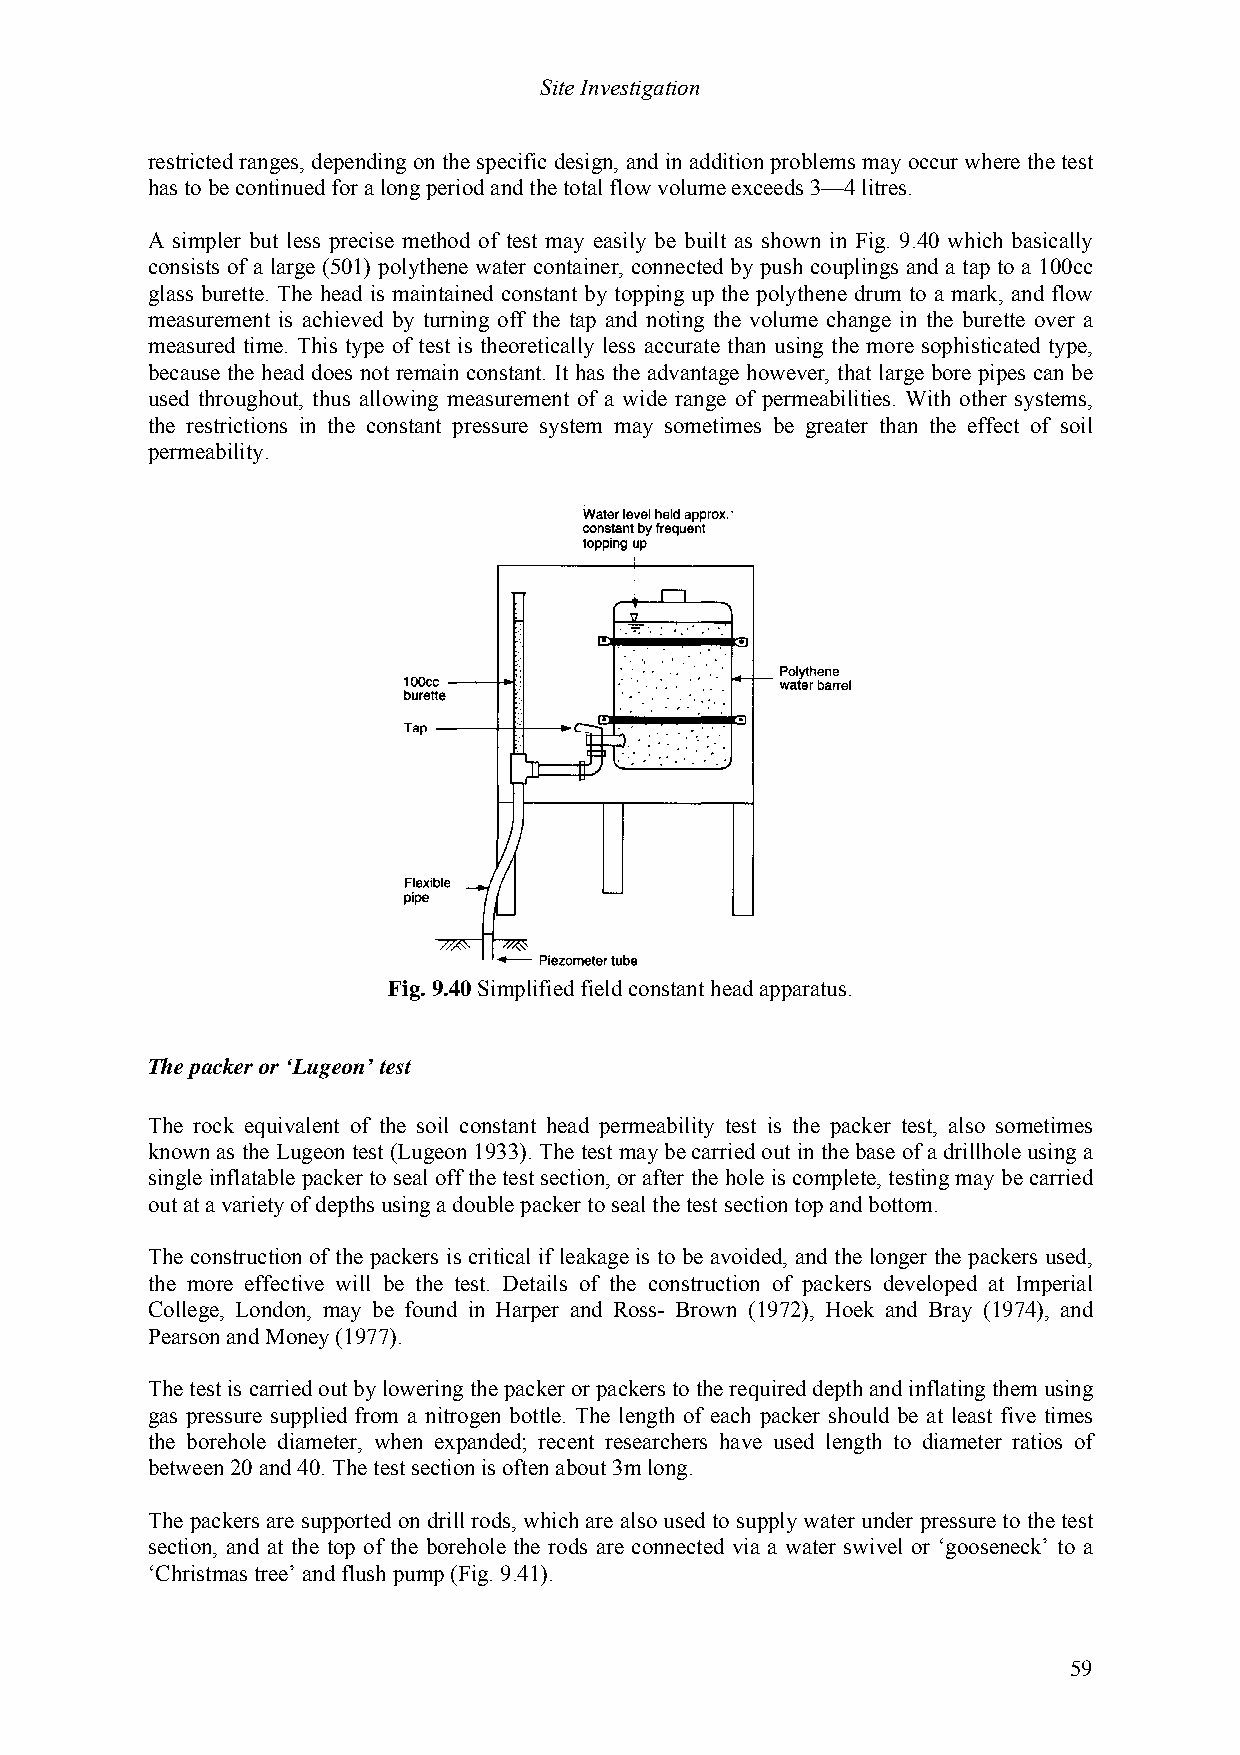
Site Investigation
 restricted ranges, depending on the specific design, and in addition problems may occur where the test
 has to be continued for a long period and the total flow volume exceeds 3—4 litres.
 A simpler but less precise method of test may easily be built as shown in Fig. 9.40 which basically
 consists of a large (501) polythene water container, connected by push couplings and a tap to a 100cc
 glass burette. The head is maintained constant by topping up the polythene drum to a mark, and flow
 measurement is achieved by turning off the tap and noting the volume change in the burette over a
 measured time. This type of test is theoretically less accurate than using the more sophisticated type,
 because the head does not remain constant. It has the advantage however, that large bore pipes can be
 used throughout, thus allowing measurement of a wide range of permeabilities. With other systems,
 the restrictions in the constant pressure system may sometimes be greater than the effect of soil
 permeability.
 Fig. 9.40 Simplified field constant head apparatus.
 The packer or ‘Lugeon’ test
 The rock equivalent of the soil constant head permeability test is the packer test, also sometimes
 known as the Lugeon test (Lugeon 1933). The test may be carried out in the base of a drillhole using a
 single inflatable packer to seal off the test section, or after the hole is complete, testing may be carried
 out at a variety of depths using a double packer to seal the test section top and bottom.
 The construction of the packers is critical if leakage is to be avoided, and the longer the packers used,
 the more effective will be the test. Details of the construction of packers developed at Imperial
 College, London, may be found in Harper and Ross- Brown (1972), Hoek and Bray (1974), and
 Pearson and Money (1977).
 The test is carried out by lowering the packer or packers to the required depth and inflating them using
 gas pressure supplied from a nitrogen bottle. The length of each packer should be at least five times
 the borehole diameter, when expanded; recent researchers have used length to diameter ratios of
 between 20 and 40. The test section is often about 3m long.
 The packers are supported on drill rods, which are also used to supply water under pressure to the test
 section, and at the top of the borehole the rods are connected via a water swivel or ‘gooseneck’ to a
 ‘Christmas tree’ and flush pump (Fig. 9.41).
 59